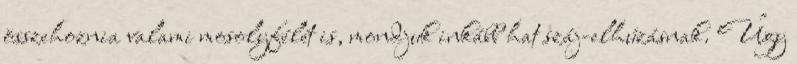
összehoznia valami mosolyfélét is, mondjuk inkább hat száj-elhúzásnak. Úgy